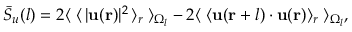
\bar { S } _ { u } ( \boldsymbol { l } ) = 2 \langle \; \langle \, \lvert \mathbf { u ( r ) } \rvert ^ { 2 } \, \rangle _ { r } \; \rangle _ { \Omega _ { l } } - 2 \langle \; \langle \mathbf { u ( r } + \boldsymbol { l } ) \cdot \mathbf { u ( r ) } \rangle _ { r } \; \rangle _ { \Omega _ { l } } ,